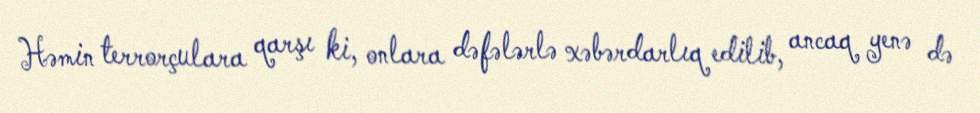
Həmin terrorçulara qarşı ki, onlara dəfələrlə xəbərdarlıq edilib, ancaq yenə də